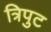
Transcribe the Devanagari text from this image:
त्रिपुट